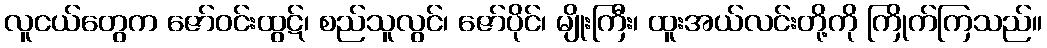
လူငယ်တွေက ဇော်ဝင်းထွဋ်၊ စည်သူလွင်၊ ဇော်ပိုင်၊ မျိုးကြီး၊ ထူးအယ်လင်းတို့ကို ကြိုက်ကြသည်။